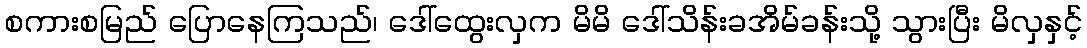
စကားစမြည် ပြောနေကြသည်၊ ဒေါ်ထွေးလှက မိမိ ဒေါ်သိန်းခအိမ်ခန်းသို့ သွားပြီး မိလှနှင့်